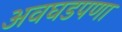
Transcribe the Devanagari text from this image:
अवघडपणा